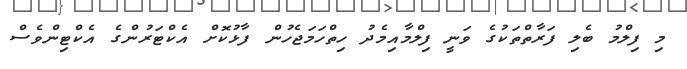
މި ފިލްމު ބެލި ފަރާތްތަކުގެ ވަނީ ފިލްމާއިމެދު ހިތްހަމަޖެހުން ފާޅުކޮށް އެކްޓަރުންގެ އެކްޓިންވެސް